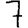
Digit: 7